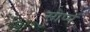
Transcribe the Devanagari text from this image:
सोप्पं